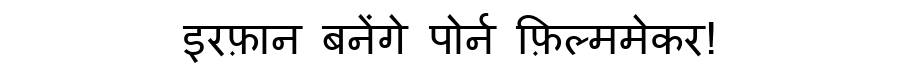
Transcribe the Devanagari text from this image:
इरफ़ान बनेंगे पोर्न फ़िल्ममेकर!